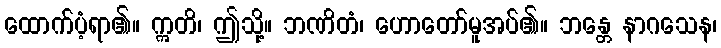
ထောက်ပံ့ရာ၏။ ဣတိ၊ ဤသို့။ ဘဏိတံ၊ ဟောတော်မူအပ်၏။ ဘန္တေ နာဂသေန၊